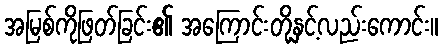
အမြစ်ကိုဖြတ်ခြင်း၏ အကြောင်းတို့နှင့်လည်းကောင်း။